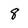
Character: 8